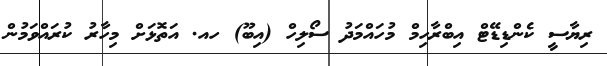
ރިޔާސީ ކެންޑިޑޭޓް އިބްރާހިމް މުހައްމަދު ސޯލިހް (އިބޫ) ހއ. އަތޮޅަށް މިހާރު ކުރައްވަމުން